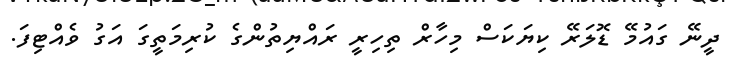
ދީނޭ ގައުމޭ ޑޮލަރޭ ކިޔަކަސް މިހާރް ތިހިރީ ރައްޔިތުންގެ ކުރިމަތީގަ އަގު ވެއްޓިފަ.